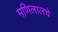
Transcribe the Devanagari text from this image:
मणिलालचे